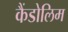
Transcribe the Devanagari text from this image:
कैंडोलिम